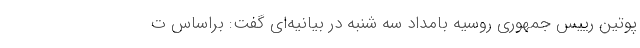
پوتین رییس جمهوری روسیه بامداد سه شنبه در بیانیه‌ای گفت: براساس ت